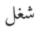
شغل